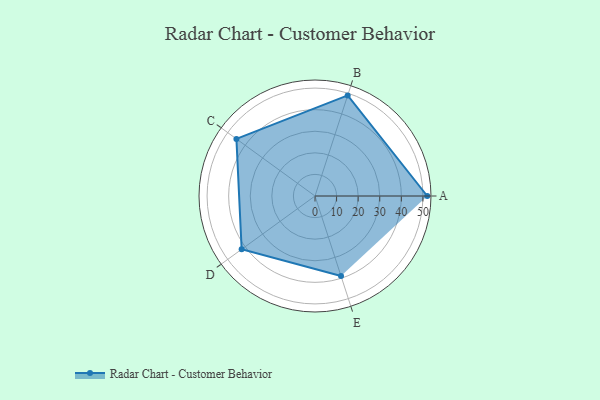
{"axis": {"x": "Skill", "y": "Score"}, "legend": ["Profile"], "data": [{"x": "A", "y": 52.0, "type": "Profile"}, {"x": "B", "y": 49.0, "type": "Profile"}, {"x": "C", "y": 45.0, "type": "Profile"}, {"x": "D", "y": 42.0, "type": "Profile"}, {"x": "E", "y": 39.0, "type": "Profile"}]}